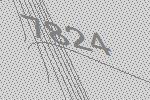
7824